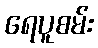
ရေပူစမ်း